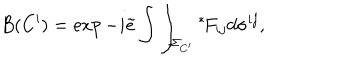
B ( C ^ { \prime } ) = \exp - i \tilde { e } \int \int _ { \Sigma _ { C ^ { \prime } } } \mathrm { } ^ { * } \! F _ { i j } d \sigma ^ { i j } ,